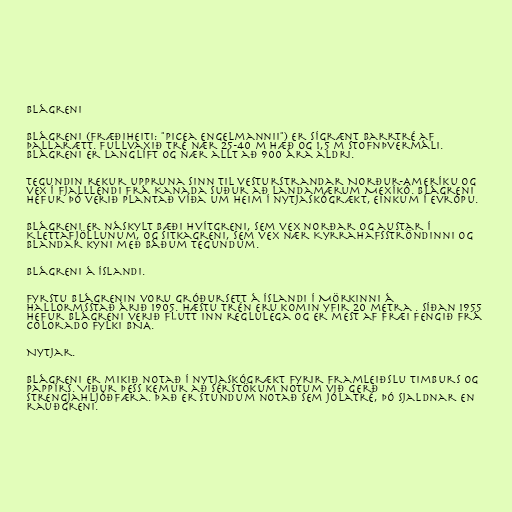
Blágreni

Blágreni (fræðiheiti: "Picea engelmannii") er sígrænt barrtré af
þallarætt. Fullvaxið tré nær 25-40 m hæð og 1,5 m stofnþvermáli.
Blágreni er langlíft og nær allt að 900 ára aldri.

Tegundin rekur uppruna sinn til vesturstrandar Norður-Ameríku og
vex í fjalllendi frá Kanada suður að landamærum Mexíkó. Blágreni
hefur þó verið plantað víða um heim í nytjaskógrækt, einkum í Evrópu.

Blágreni er náskylt bæði hvítgreni, sem vex norðar og austar í
Klettafjöllunum, og sitkagreni, sem vex nær Kyrrahafsströndinni og
blandar kyni með báðum tegundum.

Blágreni á Íslandi.

Fyrstu blágrenin voru gróðursett á Íslandi í Mörkinni á
Hallormsstað árið 1905. Hæstu trén eru komin yfir 20 metra . Síðan 1955
hefur blágreni verið flutt inn reglulega og er mest af fræi fengið frá
Colorado fylki BNA.

Nytjar.

Blágreni er mikið notað í nytjaskógrækt fyrir framleiðslu timburs og
pappírs. Viður þess kemur að sérstökum notum við gerð
strengjahljóðfæra. Það er stundum notað sem jólatré, þó sjaldnar en
rauðgreni.